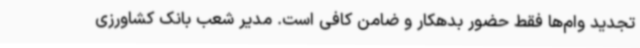
تجدید وام‌ها فقط حضور بدهکار و ضامن کافی است. مدیر شعب بانک کشاورزی